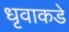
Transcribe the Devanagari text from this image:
धृवाकडे